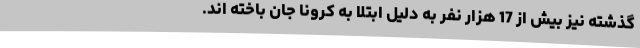
گذشته نیز بیش از 17 هزار نفر به دلیل ابتلا به کرونا جان باخته اند.